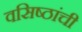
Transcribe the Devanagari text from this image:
वसिष्ठांची